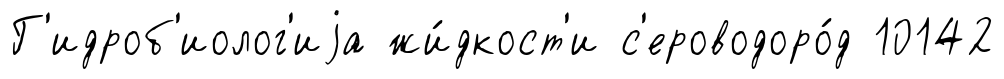
Г'идроб'иолог'иjа жи́дкост'и с'ероводоро́д 10142